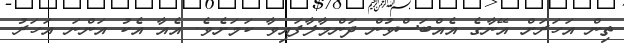
ތިން އަހަރަަށް އޭނާގެ އެއްބަސްވުން ދަންމާލާފައިވާ ކަމަށެވެ. އެއާ އެކު އަންނަ އަހަރު